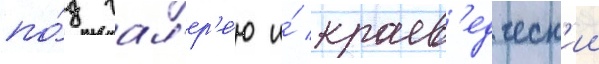
по́д гал'ер'е́ю и́ краев'едческ'ии